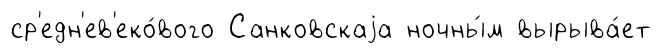
ср'едн'ев'еко́вого Санковскаjа ночны́м вырыва́ет